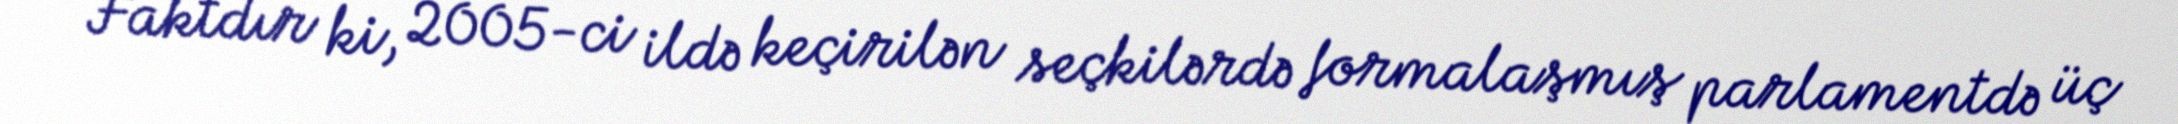
Faktdır ki, 2005-ci ildə keçirilən seçkilərdə formalaşmış parlamentdə üç